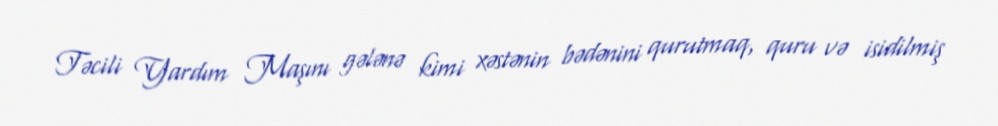
Təcili Yardım Maşını gələnə kimi xəstənin bədənini qurutmaq, quru və isidilmiş